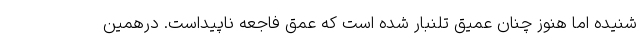
شنیده اما هنوز چنان عمیق تلنبار شده است که عمق فاجعه ناپیداست. درهمین